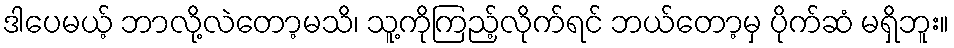
ဒါပေမယ့် ဘာလို့လဲတော့မသိ၊ သူ့ကိုကြည့်လိုက်ရင် ဘယ်တော့မှ ပိုက်ဆံ မရှိဘူး။